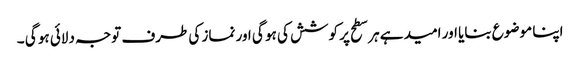
اپنا موضوع بنایا اور امید ہے ہر سطح پر کوشش کی ہو گی اور نماز کی طرف توجہ دلائی ہو گی ۔